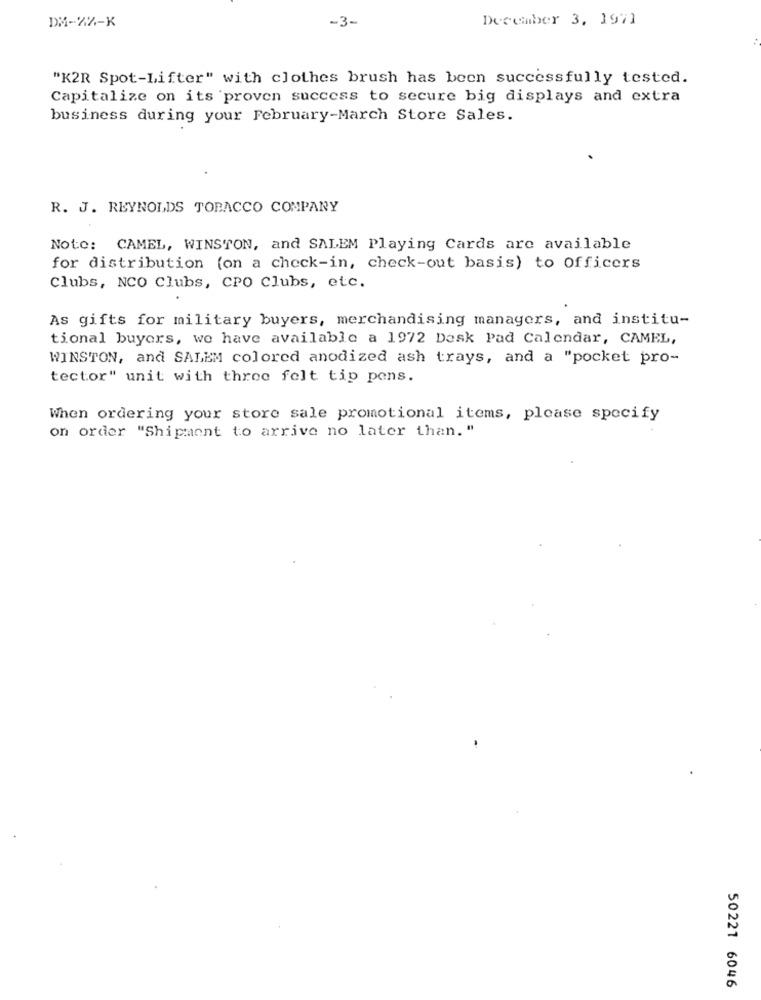
DM-2%-K
December 3, 1971
-3-
"K2R Spot-Lifter" with clothes brush has been successfully tested.
Capitalize on its proven success to secure big displays and extra
business during your February-March Store Sales.
R. J. REYNOLDS TOBACCO COMPANY
Note: CAMEL, WINSTON, and SALEM Playing Cards are available
for distribution (on a check-in, check-out basis) to Officers
Clubs, NCO Clubs, CPO Clubs, etc.
As gifts for military buyers, merchandising managers, and institu-
tional buyers, we have available a 1972 Desk Pad Calendar, CAMEL,
WINSTON, and SALEM colored anodized ash trays, and a "pocket pro-
tector" unit with three felt tip pens.
When ordering your store sale promotional items, please specify
on order "Shipment to arrive no later than. "
50221 6046